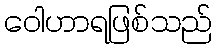
ဝေါဟာရဖြစ်သည်